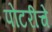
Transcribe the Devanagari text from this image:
पोटरीचे